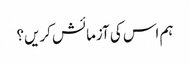
ہم اس کی آزمائش کریں؟